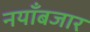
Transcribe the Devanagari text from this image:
नयाँबजार